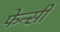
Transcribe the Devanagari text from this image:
फेन्सी